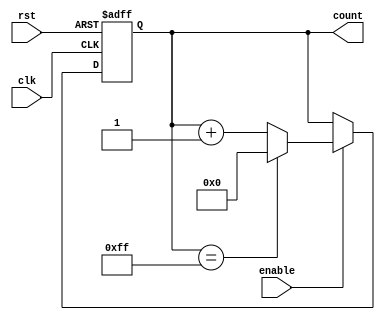
module MemoryBlocksUpCounter #(
    parameter N = 8  // Define the width of the counter (N bits)
)(
    input wire clk,       // Clock signal
    input wire rst,       // Asynchronous active-high reset
    input wire enable,    // Enable signal for counting
    output reg [N-1:0] count // N-bit output for the current count value
);

// Always block triggered on the rising edge of the clock
always @(posedge clk or posedge rst) begin
    if (rst) begin
        // If reset is high, initialize count to zero
        count <= 0;
    end else if (enable) begin
        // If enable is high, increment the count
        if (count == (2**N - 1)) begin
            // If count reaches maximum value, wrap around to zero
            count <= 0;
        end else begin
            // Otherwise, increment the count
            count <= count + 1;
        end
    end
end

endmodule